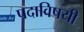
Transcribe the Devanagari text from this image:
पदाविषयी